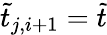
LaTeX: \tilde{t}_{j,i+1}=\tilde{t}